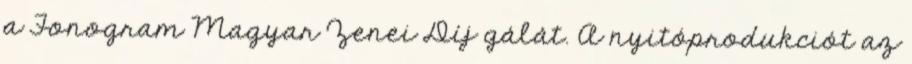
a Fonogram Magyar Zenei Díj gálát. A nyitóprodukciót az